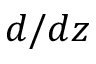
d / d z